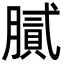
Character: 膩